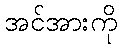
အင်အားကို